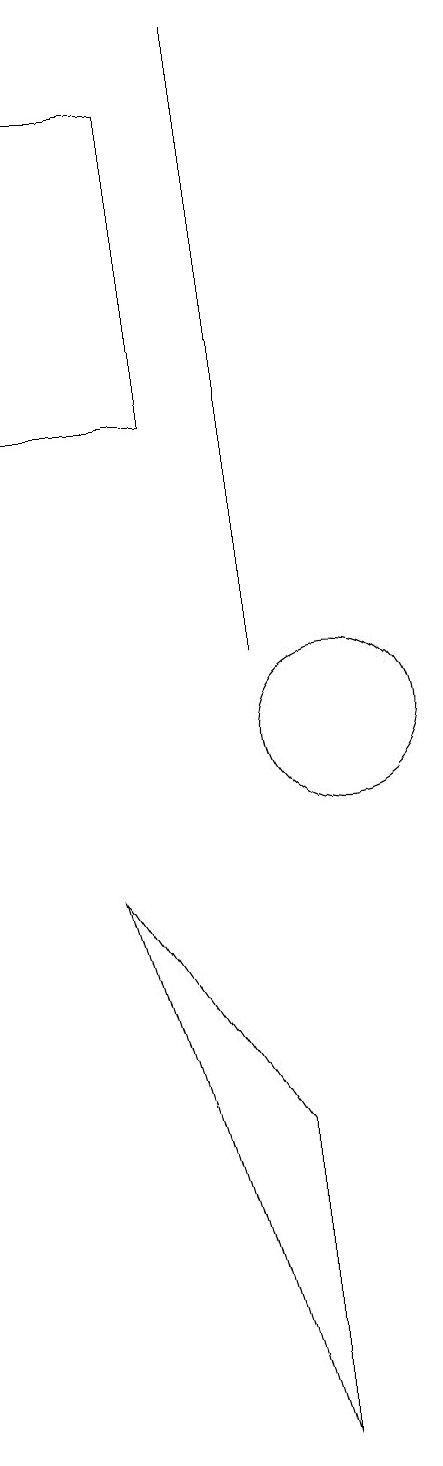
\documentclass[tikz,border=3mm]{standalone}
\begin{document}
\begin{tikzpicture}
\draw (9,19) rectangle (9,11);
\draw (10,10) circle (1);
\draw (7,8) -- (9,5) -- (9,1) -- cycle;
\draw (8,14) rectangle (6,18);
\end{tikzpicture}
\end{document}